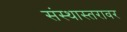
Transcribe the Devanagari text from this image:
संस्थास्तरावर